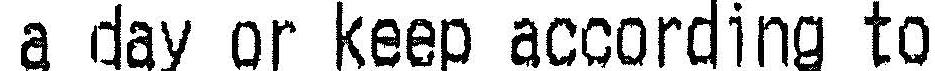
A DAY OR KEEP ACCORDING TO